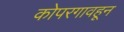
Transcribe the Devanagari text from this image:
कोपरगावहून